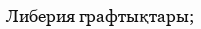
Либерия графтықтары;